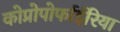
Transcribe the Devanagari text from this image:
कोप्रोपोर्फाईरिया